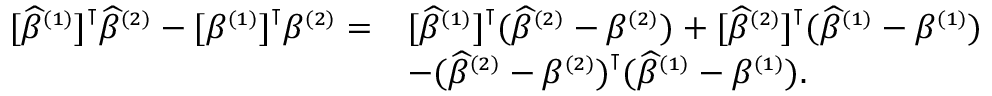
\begin{array} { r l } { [ \widehat { \beta } ^ { \scriptscriptstyle ( 1 ) } ] ^ { \intercal } \widehat { \beta } ^ { \scriptscriptstyle ( 2 ) } - [ \beta ^ { \scriptscriptstyle ( 1 ) } ] ^ { \intercal } \beta ^ { \scriptscriptstyle ( 2 ) } = } & { [ \widehat { \beta } ^ { \scriptscriptstyle ( 1 ) } ] ^ { \intercal } ( \widehat { \beta } ^ { \scriptscriptstyle ( 2 ) } - \beta ^ { \scriptscriptstyle ( 2 ) } ) + [ \widehat { \beta } ^ { \scriptscriptstyle ( 2 ) } ] ^ { \intercal } ( \widehat { \beta } ^ { \scriptscriptstyle ( 1 ) } - \beta ^ { \scriptscriptstyle ( 1 ) } ) } \\ & { - ( \widehat { \beta } ^ { \scriptscriptstyle ( 2 ) } - \beta ^ { \scriptscriptstyle ( 2 ) } ) ^ { \intercal } ( \widehat { \beta } ^ { \scriptscriptstyle ( 1 ) } - \beta ^ { \scriptscriptstyle ( 1 ) } ) . } \end{array}